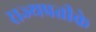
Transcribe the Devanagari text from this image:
राज्यप्रतीके